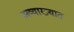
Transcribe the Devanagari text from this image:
अव्याख्यात